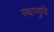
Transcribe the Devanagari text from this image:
स्थाणुवि